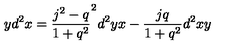
y d ^ { 2 } x = \frac { j ^ { 2 } - q } { 1 + q ^ { 2 } } ^ { 2 } d ^ { 2 } y x - \frac { j q } { 1 + q ^ { 2 } } d ^ { 2 } x y